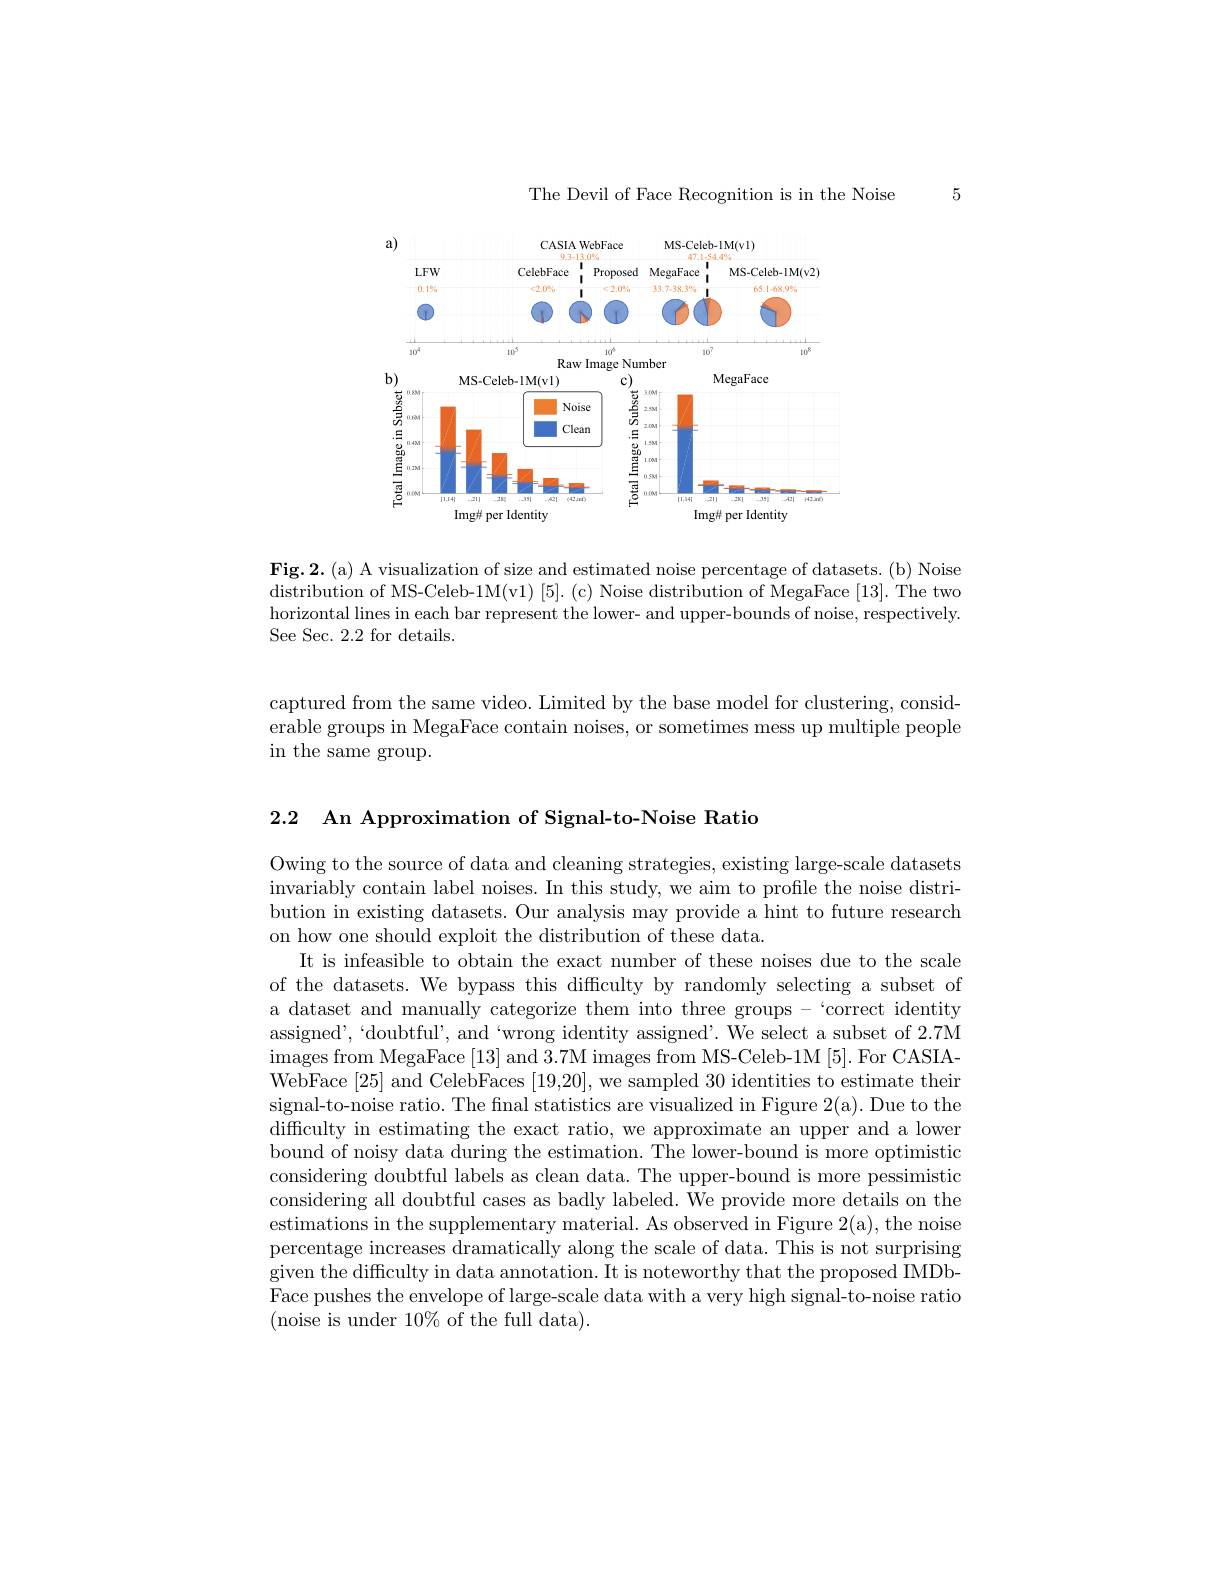
The Devil of Face Recognition is in the Noise

5

<FigureHere>

Fig.2.(a) A visualization of size and estimated noise percentage of datasets. (b) Noise distribution of MS-Celeb-1M(v1) [5]. (c) Noise distribution of MegaFace [13]. The two horizontal lines in each bar represent the lower- and upper-bounds of noise, respectively See Sec. 2.2 for details.

captured from the same video. Limited by the base model for clustering, considerable groups in MegaFace contain noises, or sometimes mess up multiple people in the same group.

2.2 An Approximation of Signal-to-Noise Ratio

Owing to the source of data and cleaning strategies, existing large-scale datasets invariably contain label noises. In this study, we aim to profile the noise distribution in existing datasets. Our analysis may provide a hint to future research on how one should exploit the distribution of these data.
It is infeasible to obtain the exact number of these noises due to the scale of the datasets. We bypass this difficulty by randomly selecting a subset of a dataset and manually categorize them into three groups -`correct identity assigned',“doubtful', and‘wrong identity assigned’. We select a subset of 2.7M images from MegaFace [13] and 3.7M images from MS-Celeb-1M[5]. For CASIAWebFace [25] and CelebFaces [19,20],we sampled 30 identities to estimate their signal-to-noise ratio. The final statistics are visualized in Figure 2(a). Due to the difficulty in estimating the exact ratio, we approximate an upper and a lower bound of noisy data during the estimation. The lower-bound is more optimistic considering doubtful labels as clean data. The upper-bound is more pessimistic considering all doubtful cases as badly labeled. We provide more details on the estimations in the supplementary material. As observed in Figure 2(a), the noise percentage increases dramatically along the scale of data. This is not surprising given the difficulty in data annotation. It is noteworthy that the proposed IMDbFace pushes the envelope of large-scale data with a very high signal-to-noise ratio (noise is under 10% of the full data).